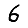
Digit: 6